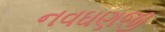
નવઘણજી